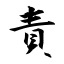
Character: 責